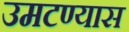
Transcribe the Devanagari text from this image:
उमटण्यास